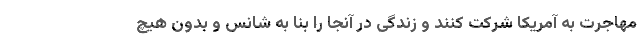
مهاجرت به آمریکا شرکت کنند و زندگی در آنجا را بنا به شانس و بدون هیچ